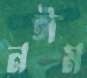
নঈম